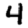
Digit: 4